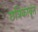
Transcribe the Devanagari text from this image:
छत्रिकावृंत